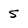
Character: 5